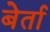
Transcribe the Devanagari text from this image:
बेर्ता